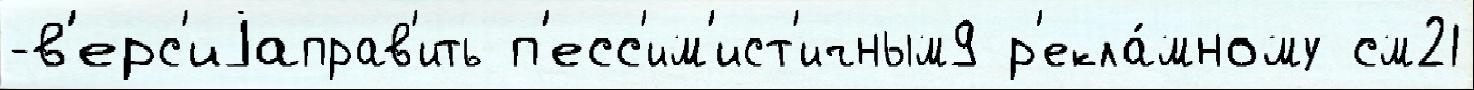
-в'ерс'иjаправ'ить п'есс'им'ист'ичным9 р'екла́мному см21